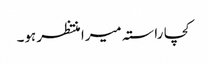
کچا راستہ میرا منتظر ہو۔